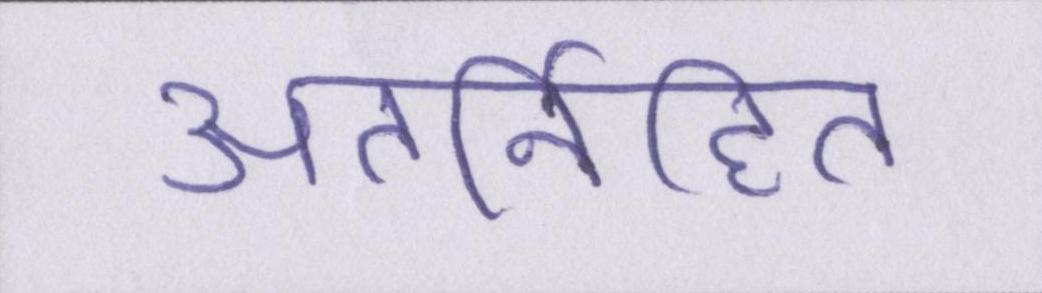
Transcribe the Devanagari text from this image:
अंतर्निहित